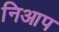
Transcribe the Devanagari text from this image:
निआप